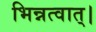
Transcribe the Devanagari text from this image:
भिन्नत्वात्।